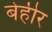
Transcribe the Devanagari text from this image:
बेहीर